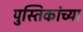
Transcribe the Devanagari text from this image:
पुस्तिकांच्‍या